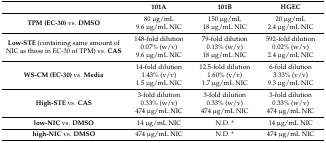
<table><thead><tr><td></td><td><b>101A</b></td><td><b>101B</b></td><td><b>HGEC</b></td></tr></thead><tbody><tr><td rowspan="2"><b>TPM (EC-30)</b> vs. <b>DMSO</b></td><td>80 μg/mL</td><td>150 μg/mL</td><td>20 μg/mL</td></tr><tr><td>9.6 μg/mL NIC</td><td>18 μg/mL NIC</td><td>2.4 μg/mL NIC</td></tr><tr><td rowspan="3"><b>Low-STE</b> (containing same amount of NIC as those in EC-30 of TPM) vs. <b>CAS</b></td><td>148-fold dilution</td><td>79-fold dilution</td><td>592-fold dilution</td></tr><tr><td>0.07% (w/v)</td><td>0.13% (w/v)</td><td>0.02% (w/v)</td></tr><tr><td>9.6 μg/mL NIC</td><td>18 μg/mL NIC</td><td>2.4 μg/mL NIC</td></tr><tr><td rowspan="3"><b>WS-CM (EC-30)</b> vs. <b>Media</b></td><td>14-fold dilution</td><td>12.5-fold dilution</td><td>6-fold dilution</td></tr><tr><td>1.43% (v/v)</td><td>1.60% (v/v)</td><td>3.33% (v/v)</td></tr><tr><td>1.5 μg/mL NIC</td><td>1.7 μg/mL NIC</td><td>9.3 μg/mL NIC</td></tr><tr><td rowspan="3"><b>High-STE</b> vs. <b>CAS</b></td><td>3-fold dilution</td><td>3-fold dilution</td><td>3-fold dilution</td></tr><tr><td>0.33% (w/v)</td><td>0.33% (w/v)</td><td>0.33% (w/v)</td></tr><tr><td>474 μg/mL NIC</td><td>474 μg/mL NIC</td><td>474 μg/mL NIC</td></tr><tr><td><b>low-NIC</b> vs. <b>DMSO</b></td><td>14 μg/mL NIC</td><td>N.D. *</td><td>14 μg/mL NIC</td></tr><tr><td><b>high-NIC</b> vs. <b>DMSO</b></td><td>474 μg/mL NIC</td><td>N.D. *</td><td>474 μg/mL NIC</td></tr></tbody></table>